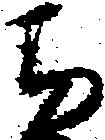
ち